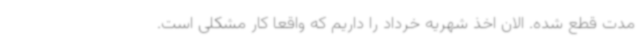
مدت قطع شده. الان اخذ شهریه خرداد را داریم که واقعاً کار مشکلی است.